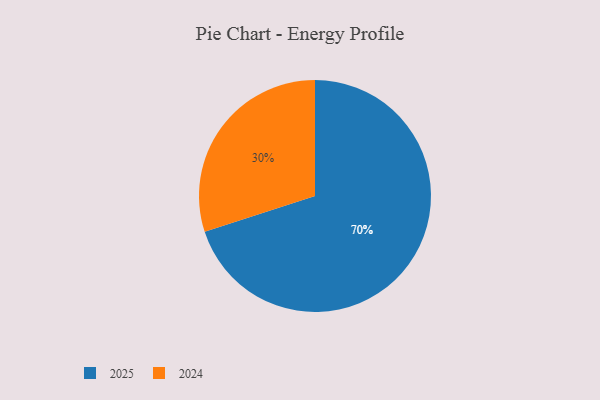
{"axis": {"x": "Category", "y": "Percentage"}, "legend": ["2024", "2025"], "data": [{"x": "2024", "y": 30, "type": "2024"}, {"x": "2025", "y": 70, "type": "2025"}]}